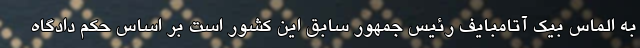
به الماس بیک آتامبایف رئیس جمهور سابق این کشور است بر اساس حکم دادگاه